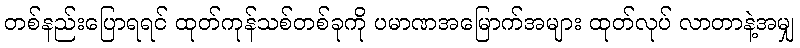
တစ်နည်းပြောရရင် ထုတ်ကုန်သစ်တစ်ခုကို ပမာဏအမြောက်အများ ထုတ်လုပ် လာတာနဲ့အမျှ